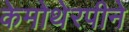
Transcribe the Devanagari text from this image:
केमोथेरपीने